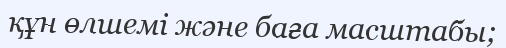
құн өлшемі және баға масштабы;